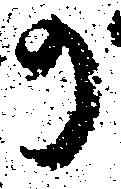
の